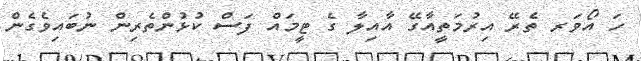
ހަ އޯވަރ ތެރޭ އިރުމަތީއާގޭ އާއިލާ ގެ ޓީމައް ފަސް ކުޅުންތެރިން ނުބައިވެގެން